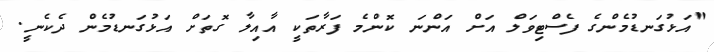
"އަޅުގަނޑުމެންގެ ފެސްޓިވަލް އަށް އަންނަ ކޮންމެ ފަރާތަކީ އާއިލާ ގޮތަށް އަޅުގަނޑުމެން ދެކެނީ.